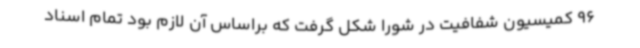
96 کمیسیون شفافیت در شورا شکل گرفت که براساس آن لازم بود تمام اسناد